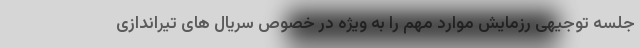
جلسه توجیهی رزمایش موارد مهم را به ویژه در خصوص سریال های تیراندازی